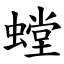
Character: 螳